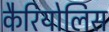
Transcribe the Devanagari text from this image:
कैरियोलिस